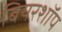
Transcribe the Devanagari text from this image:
बियरशॉप